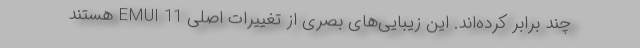
چند برابر کرده‌اند. این زیبایی‌های بصری از تغییرات اصلی EMUI 11 هستند